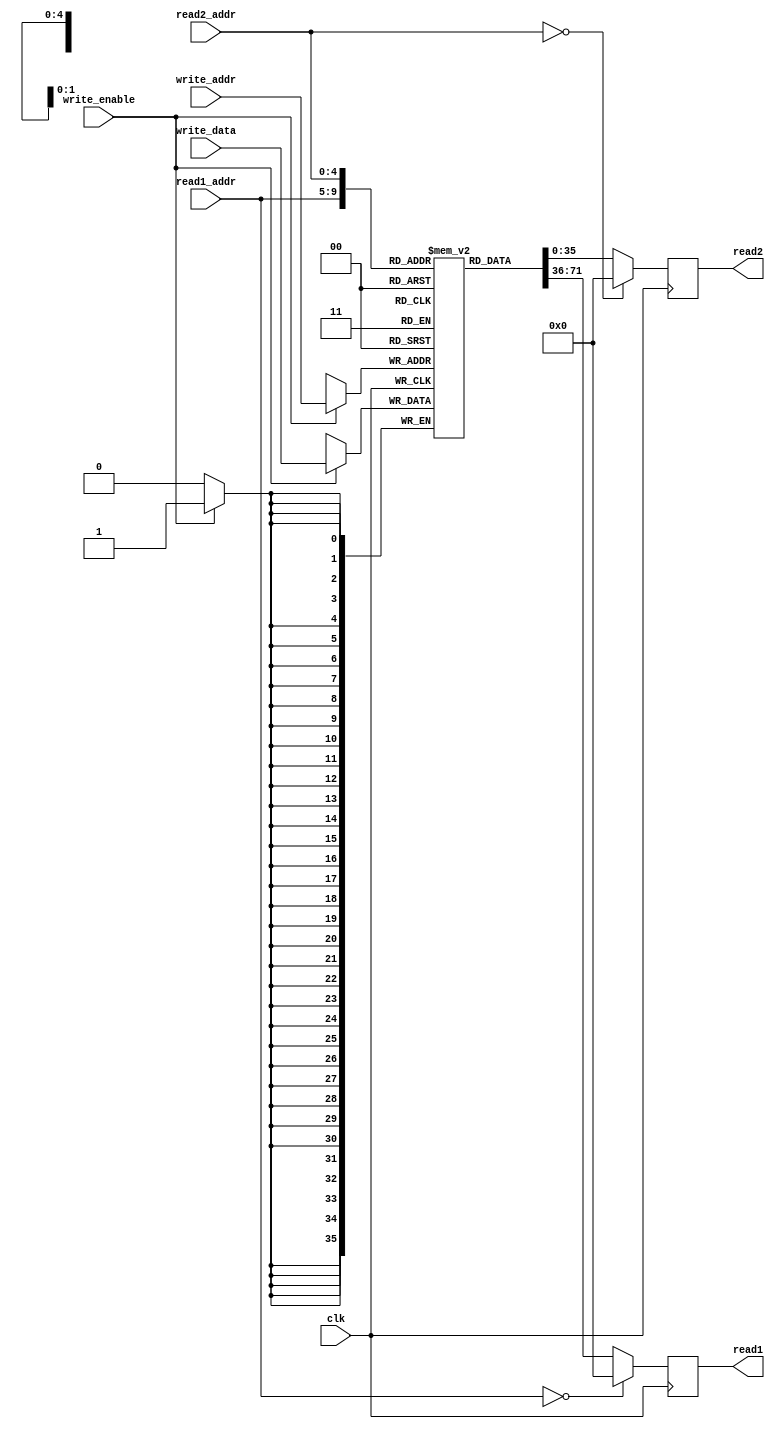
`timescale 1ns / 1ps
//////////////////////////////////////////////////////////////////////////////////
// Company: 
// Engineer: 
// 
// Design Name: 
// Module Name:    regfile 
// Project Name: 
// Target Devices: 
// Tool versions: 
// Description: 
//
// Dependencies: 
//
// Revision: 
// Revision 0.01 - File Created
// Additional Comments: 
//
//////////////////////////////////////////////////////////////////////////////////
module regfile(
    input [35:0] write_data,
    input [4:0] write_addr,
    output reg [35:0] read1,
    output reg [35:0] read2,
    input [4:0] read1_addr,
    input [4:0] read2_addr,
    input write_enable,
    input clk
    );
	 
	 integer i ;
	 reg [35:0] reg_data [31:0] ;
	 always @ ( posedge clk ) begin
	    if( write_enable ) begin
	      reg_data[write_addr] <= write_data ;
	    end

	    if ( read1_addr == 0 )
	      read1 <= 0 ;
	    else 
	      read1 <= reg_data[read1_addr] ;

	    if( read2_addr == 0 )
	      read2 <= 0 ;
	    else 
	      read2 <= reg_data[read2_addr] ;
	 end

endmodule